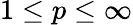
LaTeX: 1\leq p\leq\infty